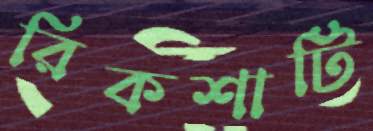
রিকশাটি